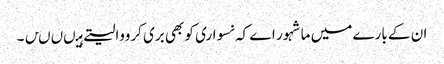
ان کے بارے میں ماشہور اے کہ نسواری کو بھی بری کرووالیتے ہیںںںں۔